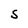
Character: S